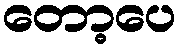
တော့ပေ